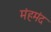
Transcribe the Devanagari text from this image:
मंहमंद